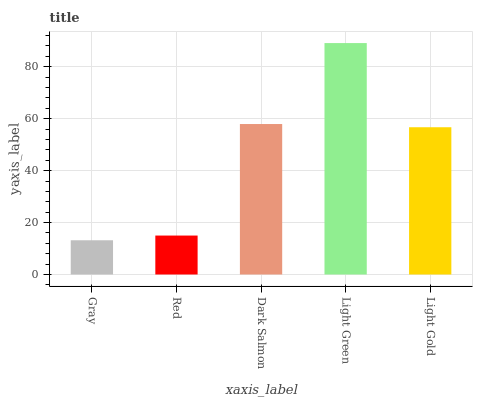
| xaxis_label | bars |
 | --- | --- |
 | Gray | 13.2 |
 | Red | 15 |
 | Dark Salmon | 57.9 |
 | Light Green | 89.1 |
 | Light Gold | 56.7 |